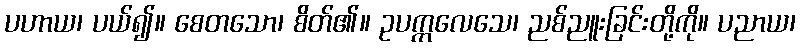
ပဟာယ၊ ပယ်၍။ စေတသော၊ စိတ်၏။ ဥပက္ကလေသေ၊ ညစ်ညူးခြင်းတို့ကို။ ပညာယ၊